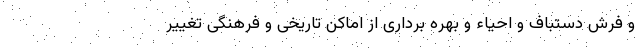
و فرش دستباف و احیاء و بهره برداری از اماکن تاریخی و فرهنگی تغییر